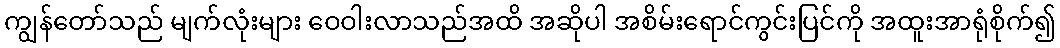
ကျွန်တော်သည် မျက်လုံးများ ဝေဝါးလာသည်အထိ အဆိုပါ အစိမ်းရောင်ကွင်းပြင်ကို အထူးအာရုံစိုက်၍